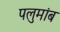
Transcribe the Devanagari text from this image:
पलुमांब